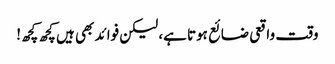
وقت واقعی ضائع ہوتا ہے، لیکن فوائد بھی ہیں کچھ کچھ!